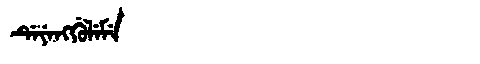
Manchu: ᡩᡝᠶᡝᠩᡤᡠᠯᡝᠮᡝ
Romanization: DEYENGGULEME